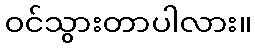
ဝင်သွားတာပါလား။